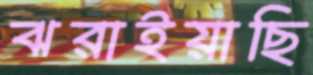
ঝরাইয়াছি